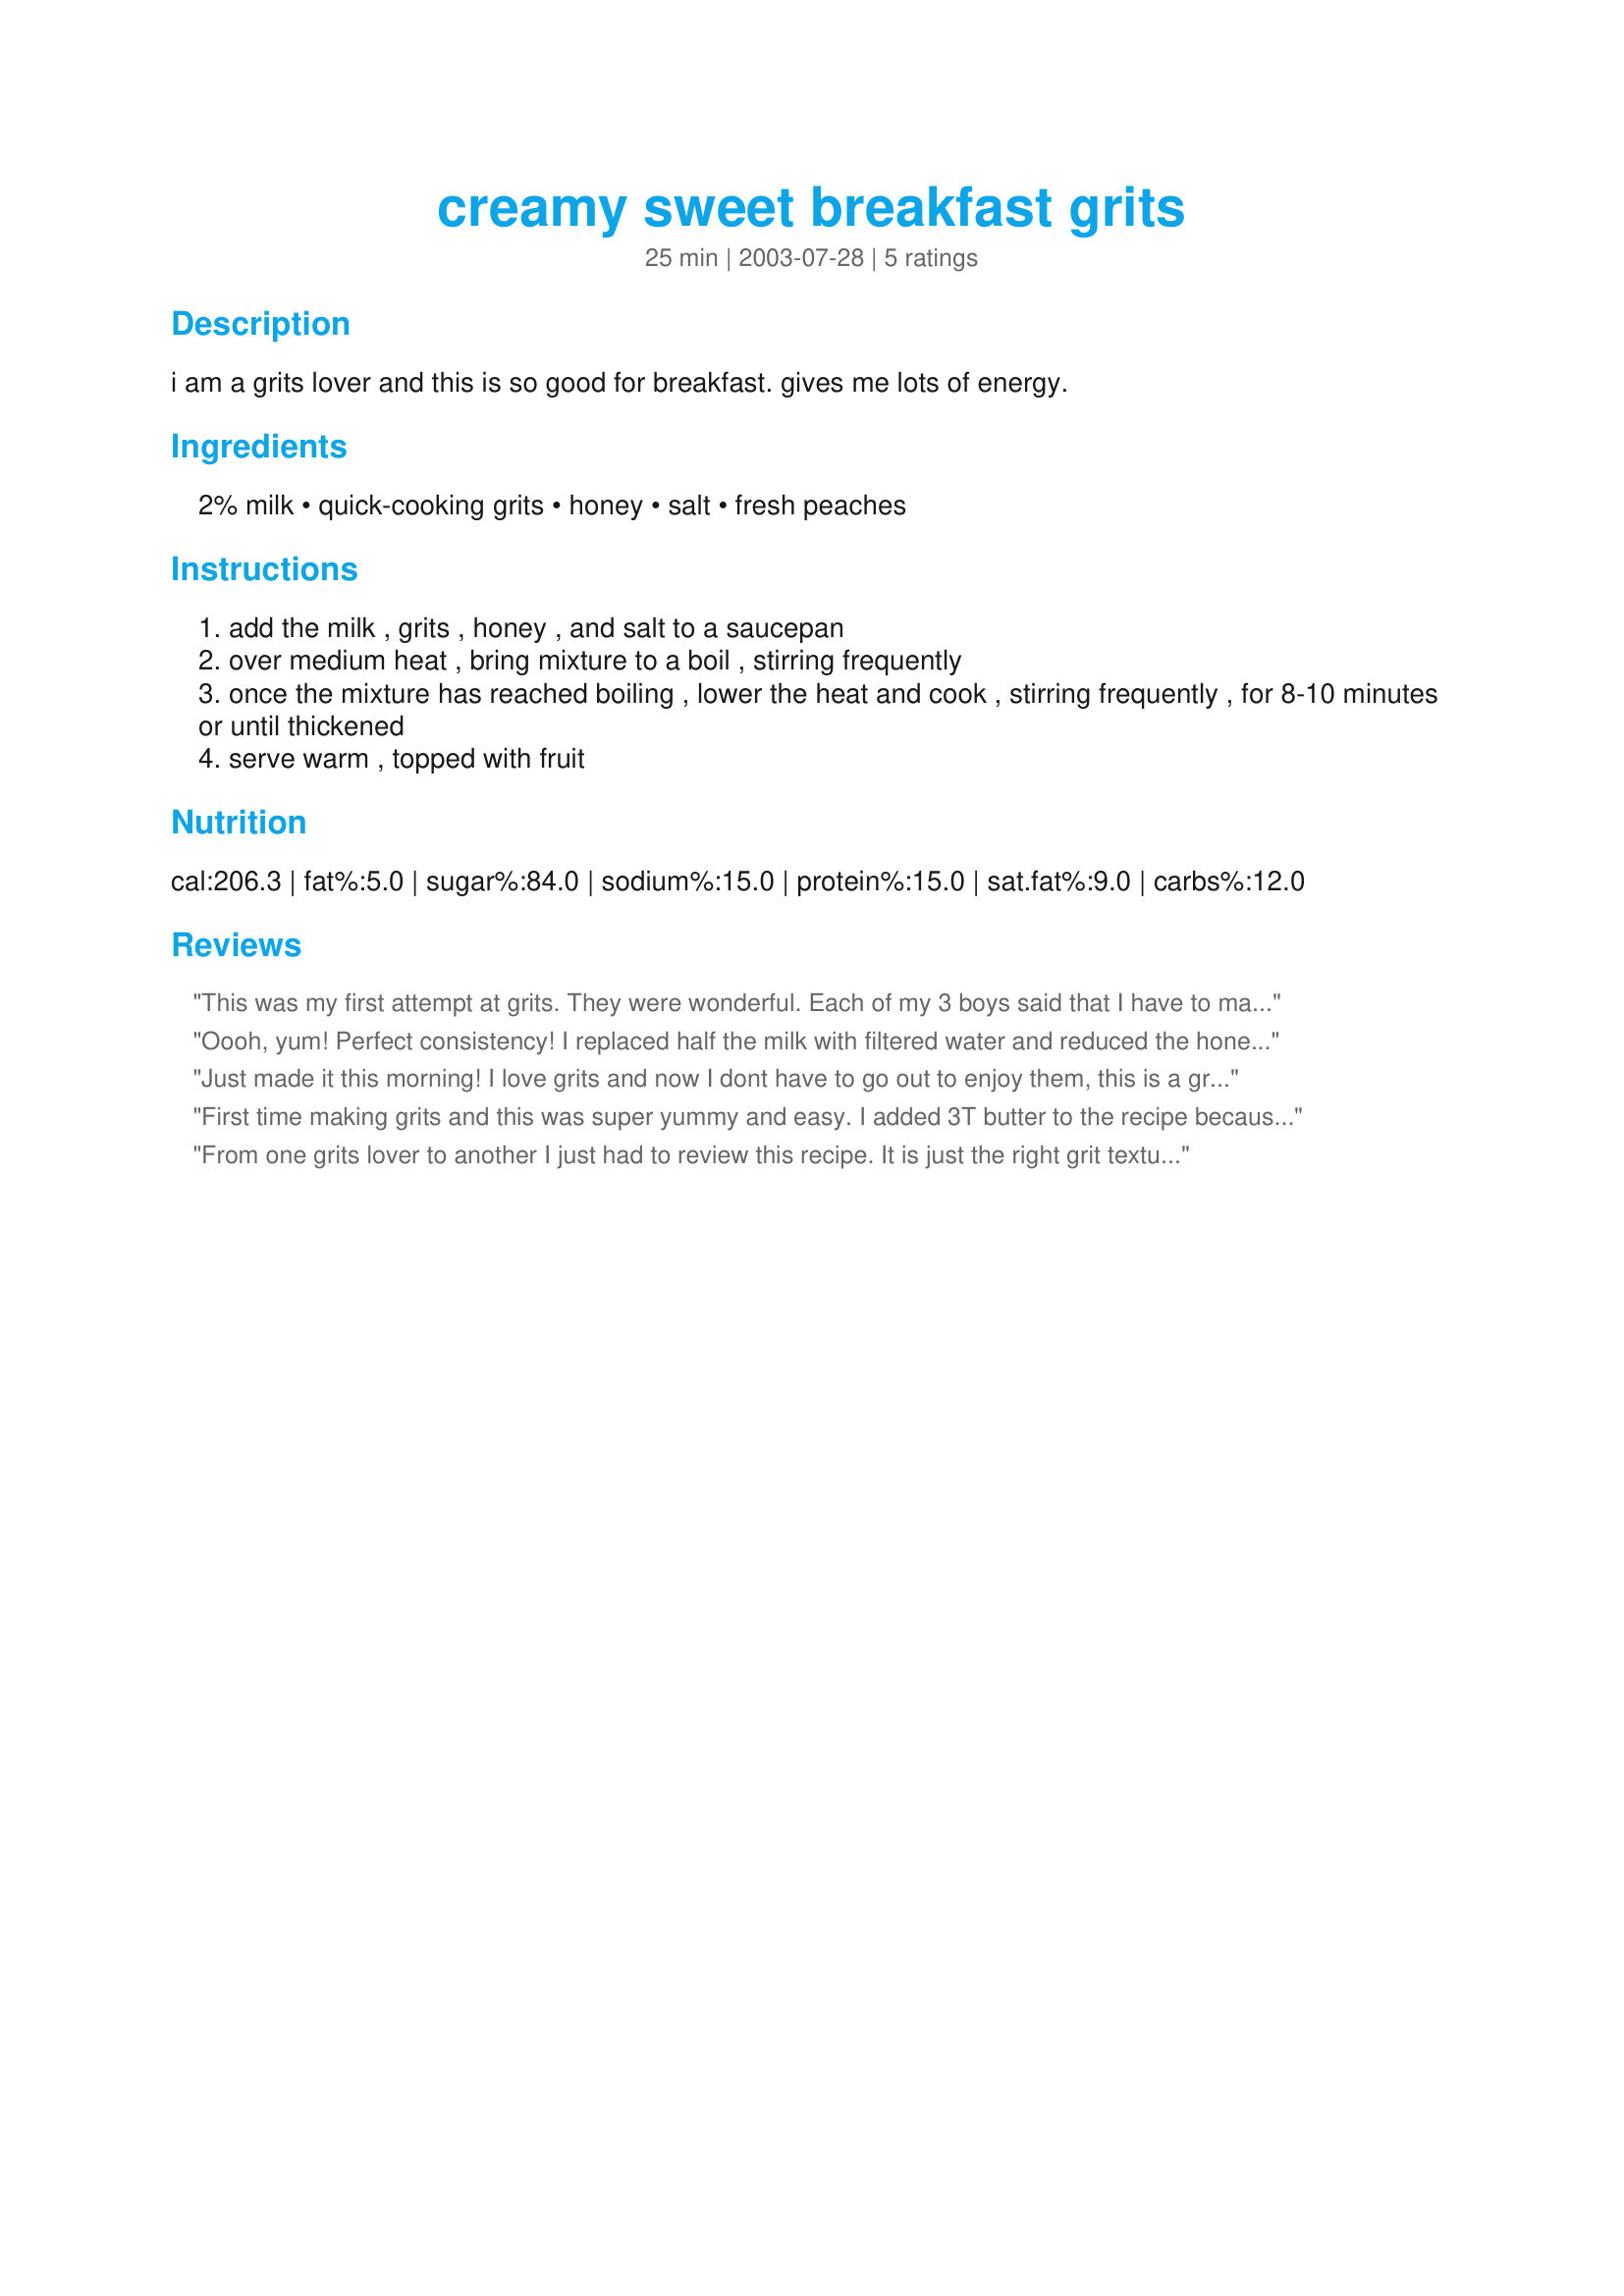
creamy sweet breakfast grits
Preparation time: 25 minutes

i am a grits lover and this is so good for breakfast. gives me lots of energy.

Ingredients:
2% milk, quick-cooking grits, honey, salt, fresh peaches

Steps:
add the milk , grits , honey , and salt to a saucepan
over medium heat , bring mixture to a boil , stirring frequently
once the mixture has reached boiling , lower the heat and cook , stirring frequently , for 8-10 minutes or until thickened
serve warm , topped with fruit

Reviews:
This was my first attempt at grits. They were wonderful. Each of my 3 boys said that I have to make them more often. I've made them several times since. My oldest son likes his with chocolate syrup.
Oooh, yum! Perfect consistency! I replaced half the milk with filtered water and reduced the honey by one third. Used a medley of frozen mixed berries from last summer's harvest. Drizzled a small amount of honey on top and finished with a light sprinkle of freshly grated nutmeg. Will make again very soon as in tomorrow morning. Thank you!
Just made it this morning! I love grits and now I dont have to go out to enjoy them, this is a great recipe! I reduced the honey by a tablespoon....and I added about 3T of butter. So yummy!
First time making grits and this was super yummy and easy. I added 3T butter to the recipe because what isn&#039;t better with some butter and I used Agave because I didn&#039;t have honey. I served it with a little drizzle of sweetened condensed. All the kids loved it!
From one grits lover to another I just had to review this recipe. It is just the right grit texture that I love! I did make a few changes. I don't like fruit with my grits, so I replaced the fruit with some fresh ground pepper and a poached egg. Even though I made changes, the grits are the perfect thickness for breakfast.
